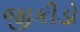
જીકીડો